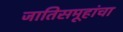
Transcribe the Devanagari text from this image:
जातिसमूहांचा